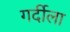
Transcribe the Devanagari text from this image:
गर्दीला